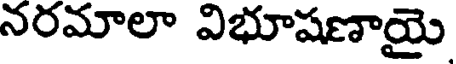
నరమాలా విభూషణాయై